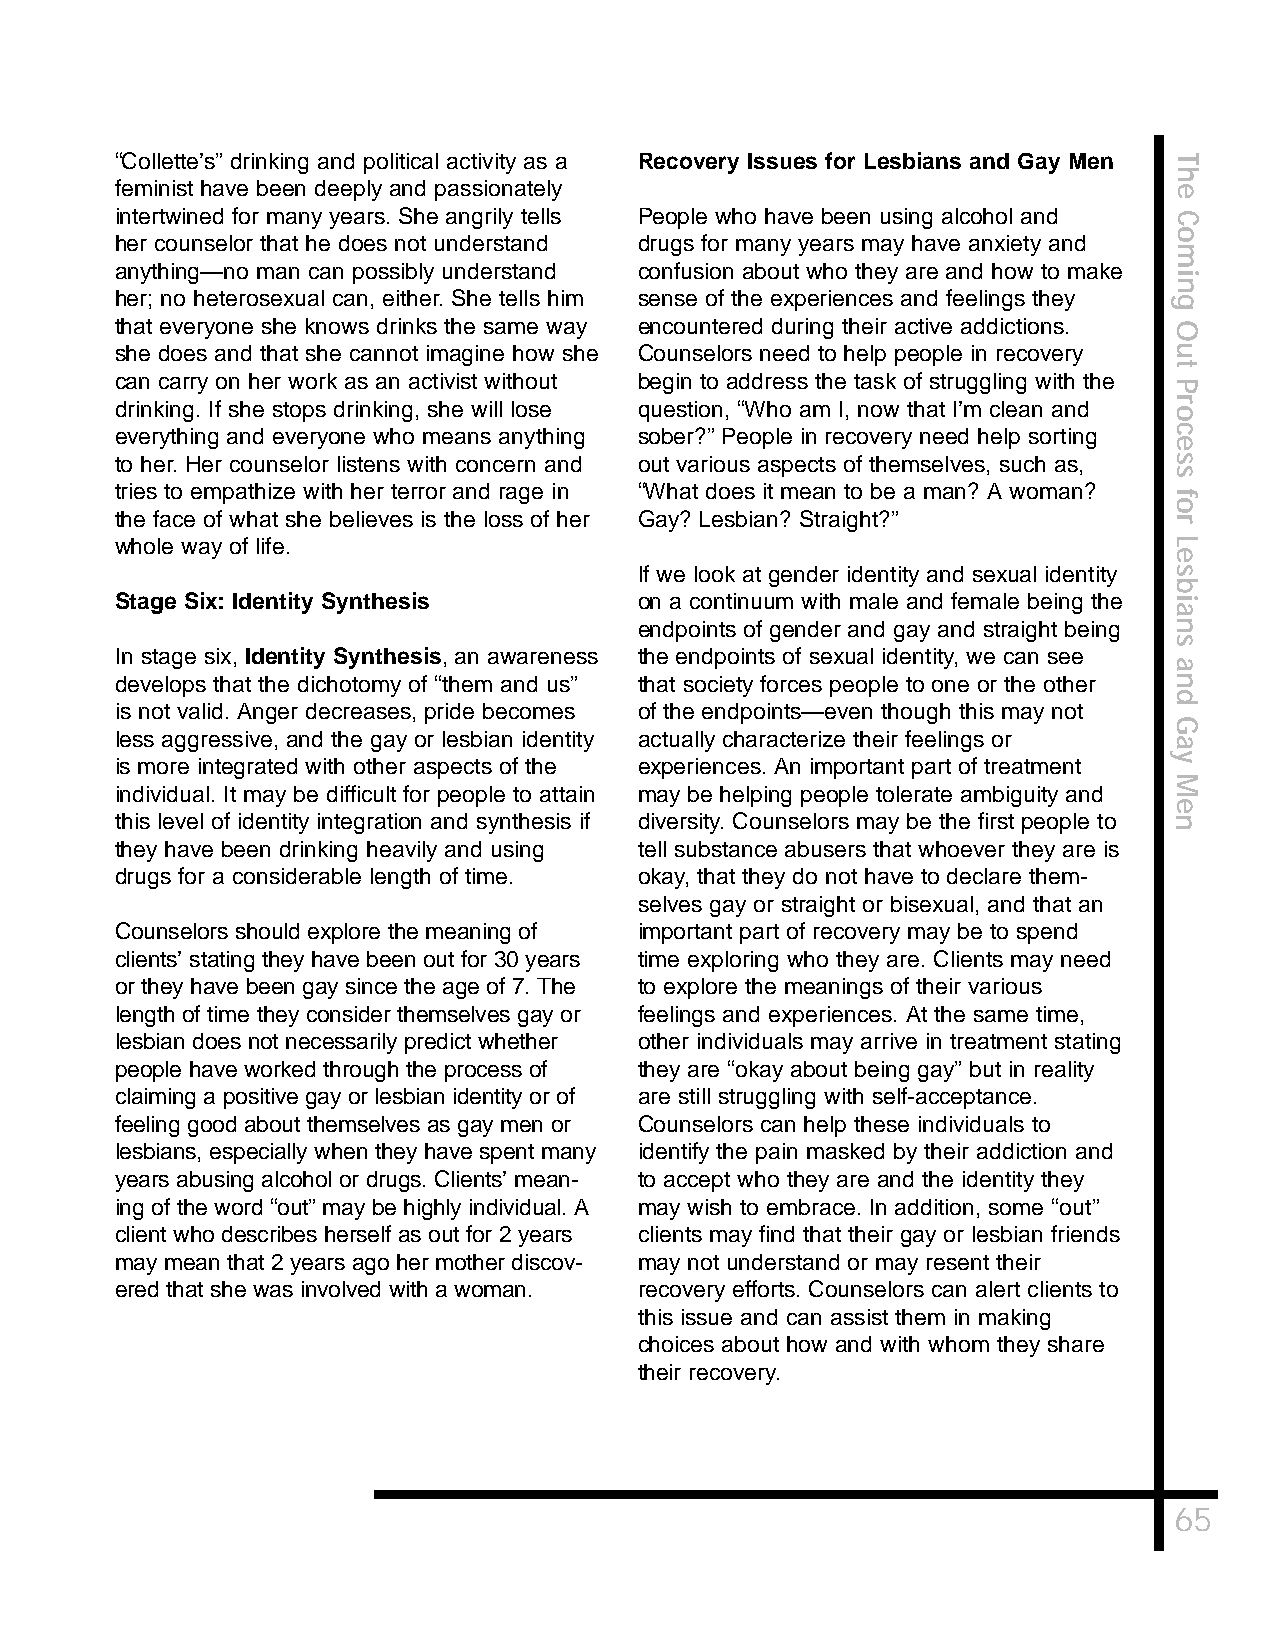
“Collette’s” drinking and political activity as a Recovery Issues for Lesbians and Gay Men T
 h
 feminist have been deeply and passionately                            e
 intertwined for many years. She angrily tells People who have been using alcohol and C
 o
 her counselor that he does not understand drugs for many years may have anxiety and
 m
 anything—no man can possibly understand confusion about who they are and how to make
 i
 n
 her; no heterosexual can, either. She tells him sense of the experiences and feelings they g
 that everyone she knows drinks the same way encountered during their active addictions. O
 she does and that she cannot imagine how she Counselors need to help people in recovery u
 t
 can carry on her work as an activist without begin to address the task of struggling with the
 P
 drinking. If she stops drinking, she will lose question, “Who am I, now that I’m clean and or
 everything and everyone who means anything sober?” People in recovery need help sorting c
 e
 to her. Her counselor listens with concern and out various aspects of themselves, such as, s
 s
 tries to empathize with her terror and rage in “What does it mean to be a man? A woman?
 f
 o
 the face of what she believes is the loss of her Gay? Lesbian? Straight?” r
 whole way of life.                                                    L
 e
 If we look at gender identity and sexual identity s
 b
 Stage Six: Identity Synthesis     on a continuum with male and female being the i
 a
 endpoints of gender and gay and straight being n
 s
 In stage six, Identity Synthesis, an awareness the endpoints of sexual identity, we can see
 a
 develops that the dichotomy of “them and us” that society forces people to one or the other n
 d
 is not valid. Anger decreases, pride becomes of the endpoints—even though this may not
 G
 less aggressive, and the gay or lesbian identity actually characterize their feelings or
 a
 is more integrated with other aspects of the experiences. An important part of treatment y
 M
 individual. It may be difficult for people to attain may be helping people tolerate ambiguity and
 e
 this level of identity integration and synthesis if diversity. Counselors may be the first people to n
 they have been drinking heavily and using tell substance abusers that whoever they are is
 drugs for a considerable length of time. okay, that they do not have to declare them-
 selves gay or straight or bisexual, and that an
 Counselors should explore the meaning of important part of recovery may be to spend
 clients’ stating they have been out for 30 years time exploring who they are. Clients may need
 or they have been gay since the age of 7. The to explore the meanings of their various
 length of time they consider themselves gay or feelings and experiences. At the same time,
 lesbian does not necessarily predict whether other individuals may arrive in treatment stating
 people have worked through the process of they are “okay about being gay” but in reality
 claiming a positive gay or lesbian identity or of are still struggling with self-acceptance.
 feeling good about themselves as gay men or Counselors can help these individuals to
 lesbians, especially when they have spent many identify the pain masked by their addiction and
 years abusing alcohol or drugs. Clients’ mean- to accept who they are and the identity they
 ing of the word “out” may be highly individual. A may wish to embrace. In addition, some “out”
 client who describes herself as out for 2 years clients may find that their gay or lesbian friends
 may mean that 2 years ago her mother discov- may not understand or may resent their
 ered that she was involved with a woman. recovery efforts. Counselors can alert clients to
 this issue and can assist them in making
 choices about how and with whom they share
 their recovery.
 65